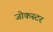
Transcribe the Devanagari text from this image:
जोकस्टर